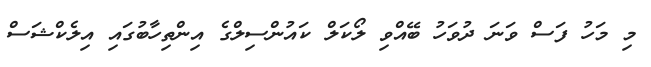
މި މަހު ފަސް ވަނަ ދުވަހު ބޭއްވި ލޯކަލް ކައުންސިލްގެ އިންތިހާބުގައި އިލެކްޝަސް